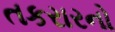
તકરારનો